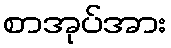
စာအုပ်အား